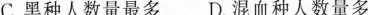
C.黑种人数量最多 D.混血种人数量多